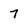
Character: 7